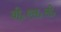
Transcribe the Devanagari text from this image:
बी॰एस॰सी॰